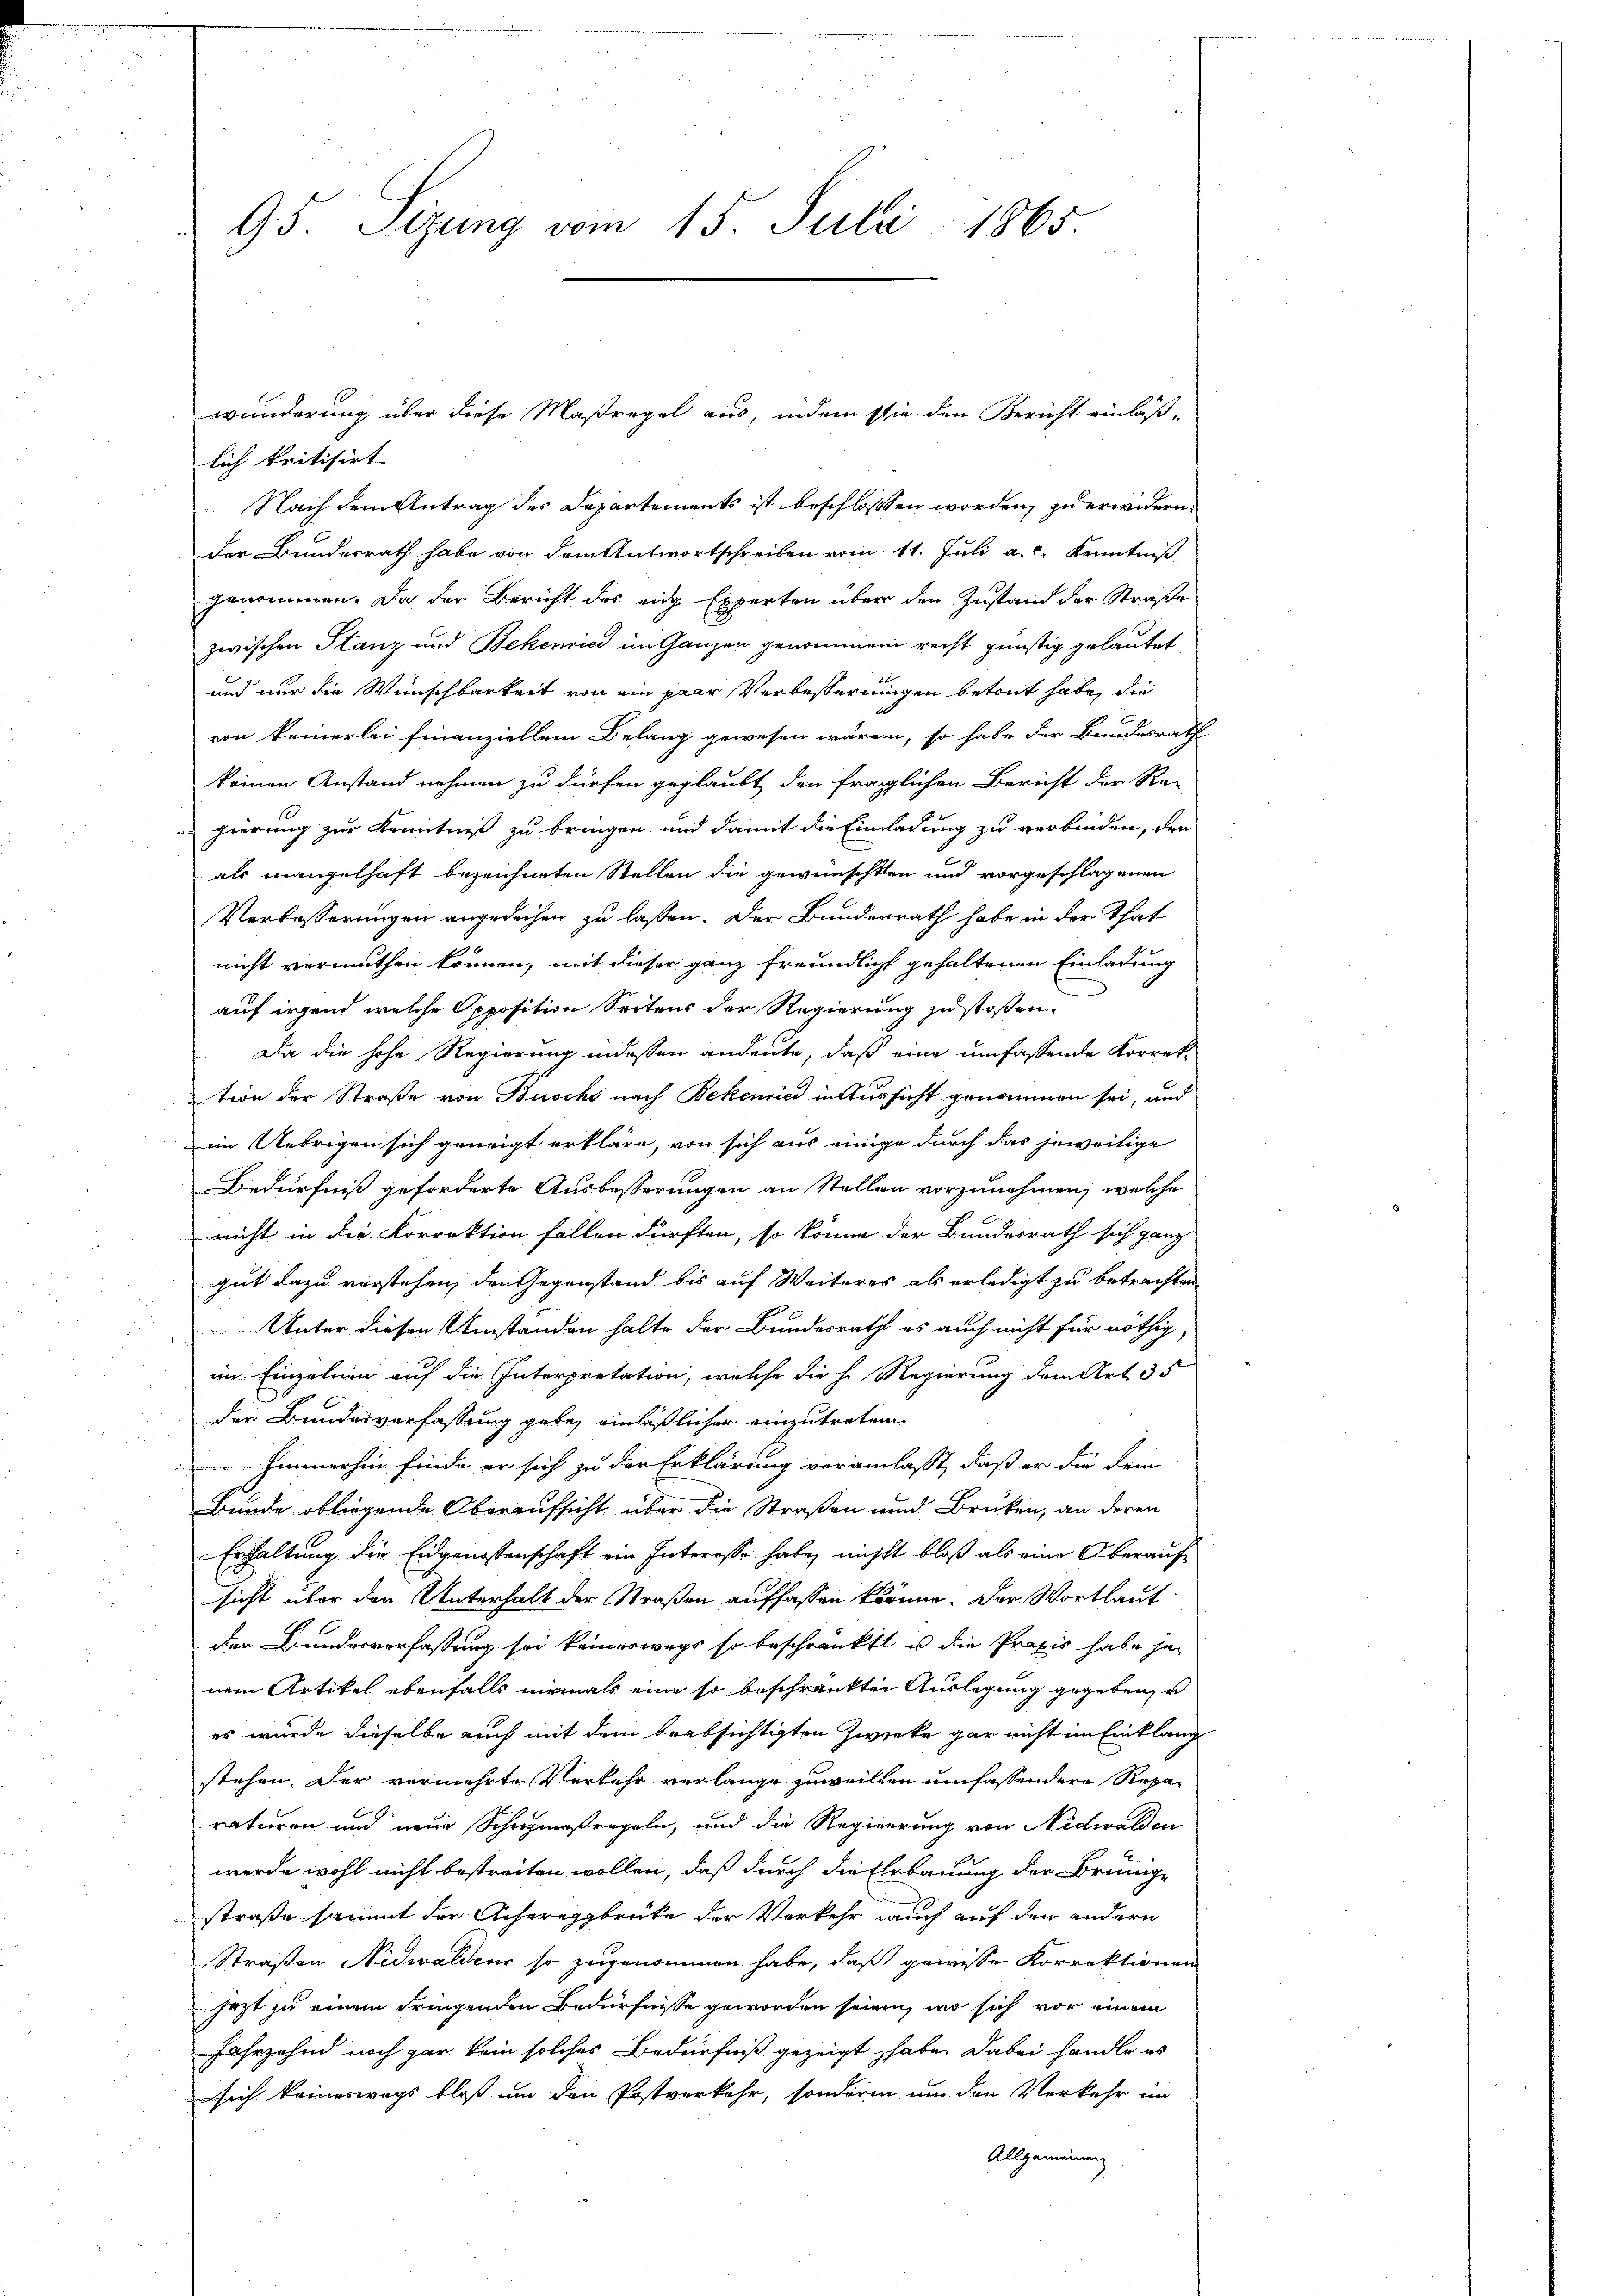
95. Sizung vom 15. Juli 1865.

lich kritisirt.
Nach dem Antrag des Departements ist beschlossen worden, zu erwidern.
der Bundesrath habe von dem Antwortschreiben vom 11. Juli a.c. Kenntniß
genommen. Da der Bericht des ein Experten über den Zustand der Straße
zwischen Stanz und Bekenrici im Ganzen genommen recht günstig gelautet,
und nur die Wunschbarkeit von ein paar Verbesserungen betont habe, die
von keinerlei finanziellem Belang gewesen wären, so habe der Bundesrath
keinen Anstand nehmen zu dürfen geglaubt den fraglichen Bericht der Re-
gierung zur Kenntniß zu bringen und damit die Einladung zu verbinden, den
als mangelhaft bezeichneten Stellen die gewünschten und vorgeschlagenen
Verbesserungen angedeihen zu lassen. Der Bunderrath habe in der That
nicht vermuthen können, mit dieser ganz freundlich gehaltenen Einladung
auf irgend welche Opposition Seitens der Regierung zu stoßen.
Da die hohe Regierung indessen andeute, daß eine umfassende Korrek-
tion der Straße von Buschs nach Bekenried in Aussicht genommen sei, und
im Uebrigen sich geneigt erkläre, von sich aus einige durch das jeweilige
Bedürfniß geforderte Ausbesserungen an Stellen vorzunehmen, welche
nicht in die Korrektion fallen dürften, so könne der Bundesrath sich ganz
gut dazu verstehen, den Gegenstand bis auf Weiteres als erledigt zu betrachten
Unter diesen Umständen halte der Bundesrath es auch nicht für nöthig,
im Einzelnen auf die Interpretation, welche die h. Regierung dem Art. 35
der Bundesverfassung gebe, einläßlicher einzutreten
Immerhin finde er sich zu der Erklärung veranlaßt, daß er die dem
Bunde obliegende Oberaufsicht über die Straßen und Brücken, an deren
Erhaltung die Eidgenossenschaft ein Interesse habe, nicht bloß als eine Oberaufsicht über den Unterhalt der Straßen auffassen könne. Der Wortlaut
der Bundesverfassung sei keinerwegs so beschränkt u die Praxis habe je
nem Artikel ebenfalls niemals eine so beschränkten Auslegung gegeben, u
es wurde dieselbe auch mit dem beabsichtigten Zwecke gar nicht im Einklang
stehen. Der vermehrte Verkehr verlange zuweilten umfassendere Reparaturen und neue Schuhmaßregeln, und die Regierung von Nidwalden
werde wohl nicht bestreiten wollen, daß durch die Ehrbauung der Brünige
straße sammt der Achereggbrüke der Verkehr auch auf den andern
Straßen Nidwaldens so zugenommen habe, daß gewisse Korrektionen
jezt zu einem dringenden Bedürfnisse geworden seinen, wo sich vor einem
Jahrzehnd noch gar kein solches Bedürfniß gezeigt habe. Dabei handle es
sich keineswegs bloß um den Postverkehr, sondern um den Vorkehr im
Allgemeinung

wunderung über diese Maßregel aus, indem sie den Bericht einläß-